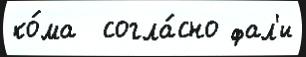
ко́ма  согла́сно фал'и